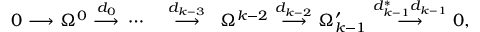
\begin{array} { c c c c c c c c c c c c c } { { 0 \! \! \! } } & { { \! \stackrel { } { \longrightarrow } \! \! \! } } & { { \! \Omega ^ { 0 } \! \! \! } } & { { \! \stackrel { d _ { 0 } } { \longrightarrow } \! \! \! } } & { { \cdots \! \! \! } } & { { \! } } & { { \stackrel { d _ { k - 3 } } { \longrightarrow } } } & { { \! \Omega ^ { k - 2 } \! \! \! } } & { { \! \stackrel { d _ { k - 2 } } { \longrightarrow } \! \! \! } } & { { \! \Omega _ { k - 1 } ^ { \prime } \! \! \! } } & { { \! \stackrel { d _ { k - 1 } ^ { * } d _ { k - 1 } } { \longrightarrow } \! \! \! } } & { { \! 0 , \! \! \! } } & { { } } \end{array}